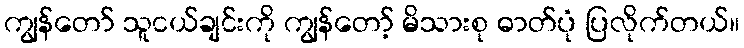
ကျွန်တော် သူငယ်ချင်းကို ကျွန်တော့် မိသားစု ဓာတ်ပုံ ပြလိုက်တယ်။